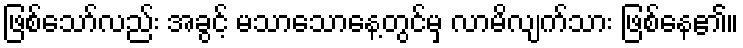
ဖြစ်သော်လည်း အခွင့် မသာသောနေ့တွင်မှ လာမိလျက်သား ဖြစ်နေ၏။